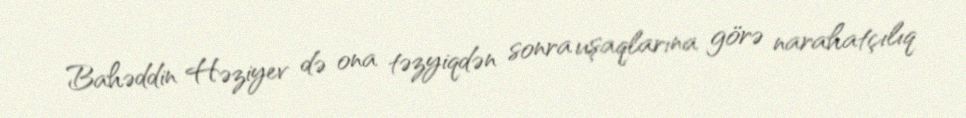
Bahəddin Həziyev də ona təzyiqdən sonra uşaqlarına görə narahatçılıq